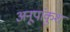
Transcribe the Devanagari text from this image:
अनूपांकुश